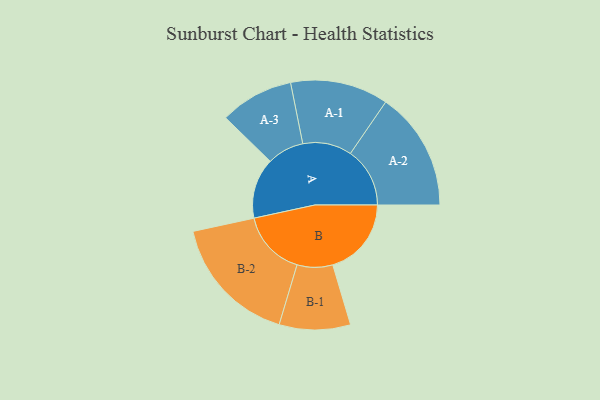
{"axis": {"x": "Segment", "y": "Value"}, "legend": ["", "A", "B"], "data": [{"x": "A", "y": 243, "type": ""}, {"x": "B", "y": 316, "type": ""}, {"x": "A-1", "y": 197, "type": "A"}, {"x": "A-2", "y": 239, "type": "A"}, {"x": "A-3", "y": 148, "type": "A"}, {"x": "B-1", "y": 143, "type": "B"}, {"x": "B-2", "y": 263, "type": "B"}]}